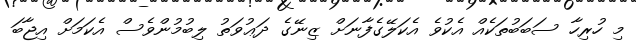
މި ހުރިހާ ސަބަބުތަކެއް އެކުވެ އެކަލޭގެފާނަށް ޒިނޭގެ ދަޢުވަތު ލިބުމުންވެސް އެކަމަށް އިޖާބަ